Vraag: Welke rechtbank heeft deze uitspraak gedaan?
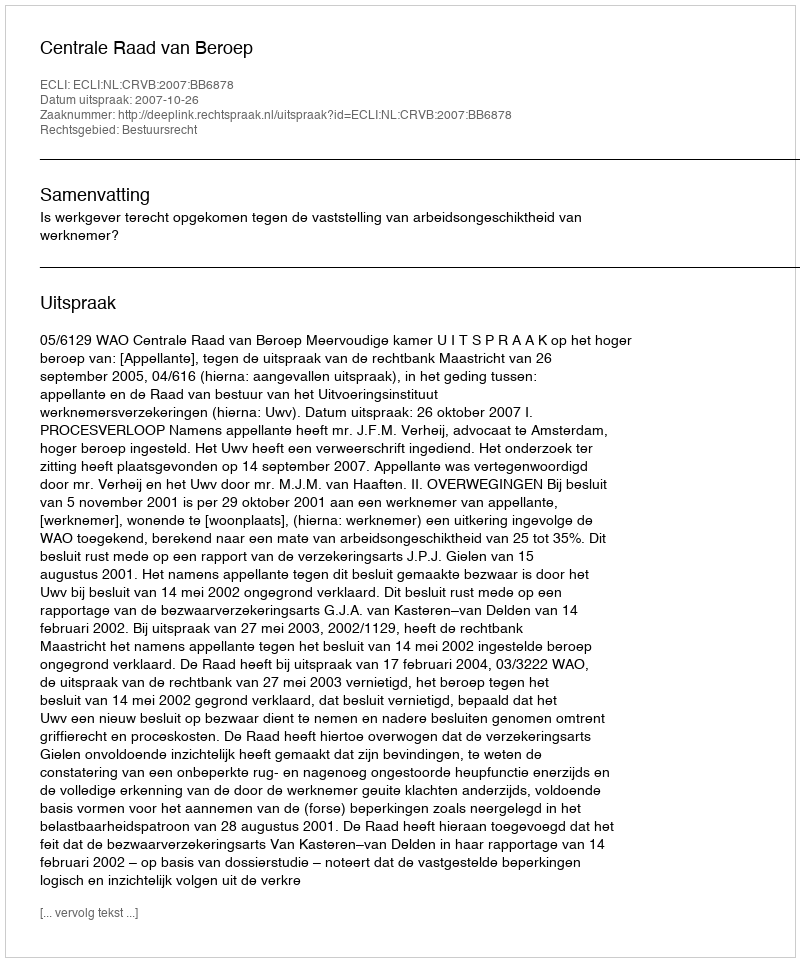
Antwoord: Centrale Raad van Beroep